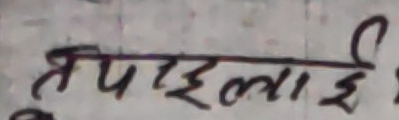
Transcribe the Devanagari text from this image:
तपाईलाई